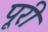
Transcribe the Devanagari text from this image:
पूूरी